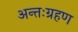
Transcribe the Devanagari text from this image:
अन्तःग्रहण